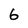
Character: 6